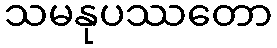
သမနုပဿတော